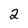
Character: 2